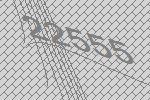
22555